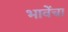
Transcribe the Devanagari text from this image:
भावेंचा